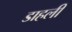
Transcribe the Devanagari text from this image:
डाहली